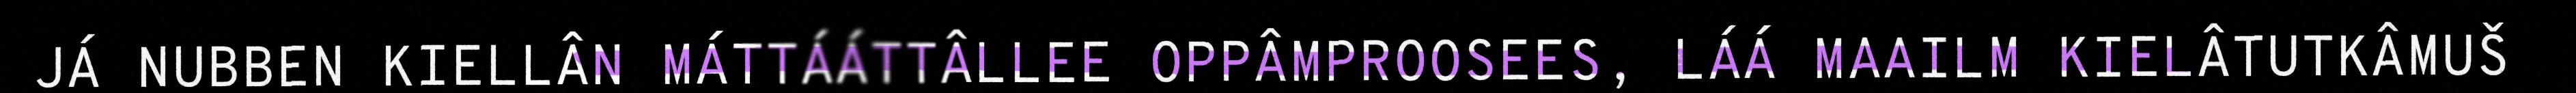
JÁ NUBBEN KIELLÂN MÁTTÁÁTTÂLLEE OPPÂMPROOSEES, LÁÁ MAAILM KIELÂTUTKÂMUŠ